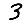
Digit: 3